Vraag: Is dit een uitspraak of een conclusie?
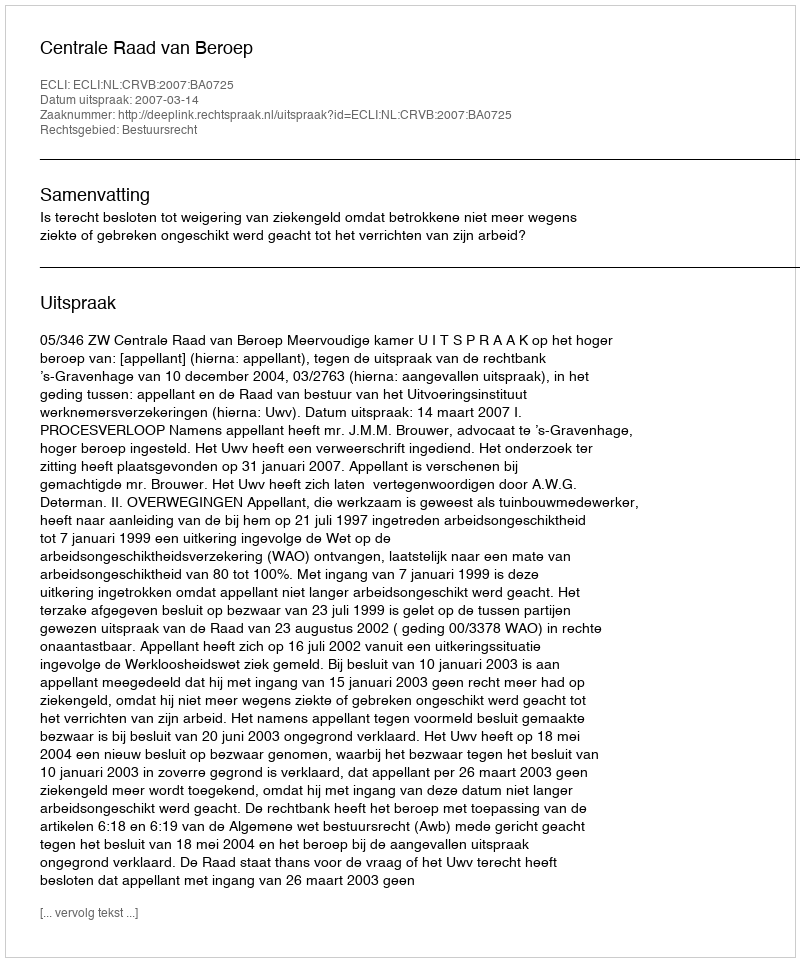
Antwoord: Uitspraak